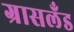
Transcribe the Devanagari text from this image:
ग्रासलँड